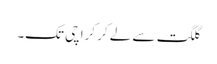
گلگت سے لے کر کراچی تک۔